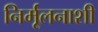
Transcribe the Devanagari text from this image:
निर्मूलनाशी